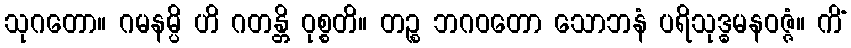
သုဂတော။ ဂမနမ္ပိ ဟိ ဂတန္တိ ဝုစ္စတိ။ တဉ္စ ဘဂဝတော သောဘနံ ပရိသုဒ္ဓမနဝဇ္ဇံ။ ကိံ